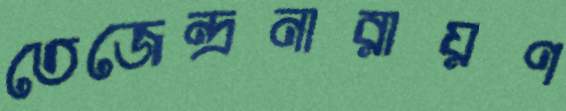
তেজেন্দ্রনারায়ণ